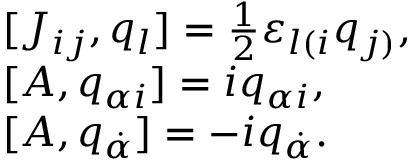
\begin{array} { l } { { [ J _ { i j } , q _ { l } ] = \frac { 1 } { 2 } \varepsilon _ { l ( i } q _ { j ) } , } } \\ { { [ A , q _ { \alpha i } ] = i q _ { \alpha i } , } } \\ { { [ A , q _ { \dot { \alpha } } ] = - i q _ { \dot { \alpha } } . } } \end{array}